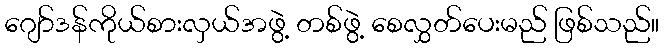
ဂျော်ဒန်ကိုယ်စားလှယ်အဖွဲ့ တစ်ဖွဲ့ စေလွှတ်ပေးမည် ဖြစ်သည်။